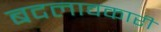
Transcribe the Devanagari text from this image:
बदलावकारी